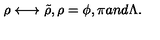
\rho \longleftrightarrow \tilde { \rho } , \rho = \phi , \pi a n d \Lambda .